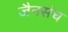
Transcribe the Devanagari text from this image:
जैनसंघ